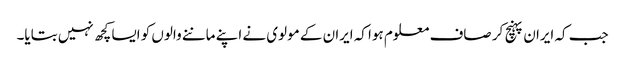
جب کہ ایران پہنچ کر صاف معلوم ہوا کہ ایران کے مولوی نے اپنے ماننے والوں کو ایسا کچھ نہیں بتایا۔